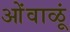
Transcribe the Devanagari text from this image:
ओंवाळूं